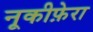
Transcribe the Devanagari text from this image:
नूकीफ़ेरा